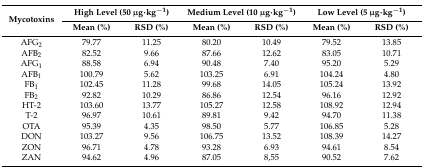
<table><thead><tr><td rowspan="2"><b>Mycotoxins</b></td><td colspan="2"><b>High Level (50 μg·kg<sup>−1</sup>)</b></td><td colspan="2"><b>Medium Level (10 μg·kg<sup>−1</sup>)</b></td><td colspan="2"><b>Low Level (5 μg·kg<sup>−1</sup>)</b></td></tr><tr><td><b>Mean (%)</b></td><td><b>RSD (%)</b></td><td><b>Mean (%)</b></td><td><b>RSD (%)</b></td><td><b>Mean (%)</b></td><td><b>RSD (%)</b></td></tr></thead><tbody><tr><td>AFG<sub>2</sub></td><td>79.77</td><td>11.25</td><td>80.20</td><td>10.49</td><td>79.52</td><td>13.85</td></tr><tr><td>AFB<sub>2</sub></td><td>82.52</td><td>9.66</td><td>87.66</td><td>12.62</td><td>83.05</td><td>10.71</td></tr><tr><td>AFG<sub>1</sub></td><td>88.58</td><td>6.94</td><td>90.48</td><td>7.40</td><td>95.20</td><td>5.29</td></tr><tr><td>AFB<sub>1</sub></td><td>100.79</td><td>5.62</td><td>103.25</td><td>6.91</td><td>104.24</td><td>4.80</td></tr><tr><td>FB<sub>1</sub></td><td>102.45</td><td>11.28</td><td>99.68</td><td>14.05</td><td>105.24</td><td>13.92</td></tr><tr><td>FB<sub>2</sub></td><td>92.82</td><td>10.29</td><td>86.86</td><td>12.54</td><td>96.16</td><td>12.92</td></tr><tr><td>HT-2</td><td>103.60</td><td>13.77</td><td>105.27</td><td>12.58</td><td>108.92</td><td>12.94</td></tr><tr><td>T-2</td><td>96.97</td><td>10.61</td><td>89.81</td><td>9.42</td><td>94.70</td><td>11.38</td></tr><tr><td>OTA</td><td>95.39</td><td>4.35</td><td>98.50</td><td>5.77</td><td>106.85</td><td>5.28</td></tr><tr><td>DON</td><td>103.27</td><td>9.56</td><td>106.75</td><td>13.52</td><td>108.39</td><td>14.27</td></tr><tr><td>ZON</td><td>96.71</td><td>4.78</td><td>93.28</td><td>6.93</td><td>94.61</td><td>8.54</td></tr><tr><td>ZAN</td><td>94.62</td><td>4.96</td><td>87.05</td><td>8,55</td><td>90.52</td><td>7.62</td></tr></tbody></table>